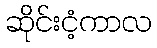
ဆိုင်းငံ့ကာလ